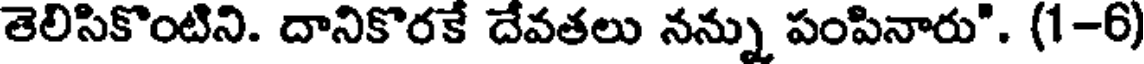
తెలిసికొంటిని. దానికొరకే దేవతలు నన్ను పంపినారు". (1-6)